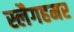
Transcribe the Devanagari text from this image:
स्लैगहमर